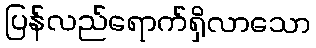
ပြန်လည်ရောက်ရှိလာသော